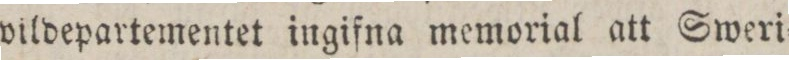
vildepartementet ingifna memorial att Sweri=